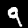
Label: 9